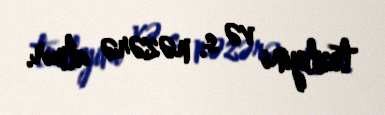
tezliyini və s. nəzərə almır.